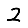
Digit: 2